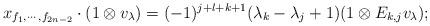
LaTeX: \begin{align*} x_{f_1,\cdots,f_{2n-2}}\cdot( 1\otimes v_{\lambda})=(-1)^{j+l+k+1}(\lambda_k-\lambda_j+1)(1\otimes E_{k,j} v_{\lambda});\end{align*}